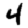
Digit: 4